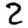
Digit: 2